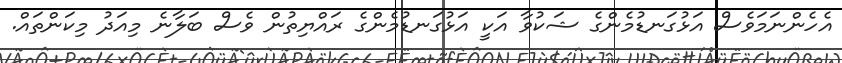
އެހެންނަމަވެސް އަޅުގަނޑުމެންގެ ޝަކުވާ އަކީ އަޅުގަނޑުމެންގެ ރައްޔިތުން ވެސް ބަލާނެ މިއަދު މިކަންތައް.